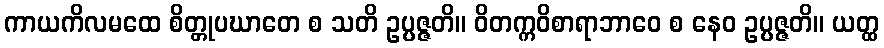
ကာယကိလမထေ စိတ္တုပဃာတေ စ သတိ ဥပ္ပဇ္ဇတိ။ ဝိတက္ကဝိစာရာဘာဝေ စ နေဝ ဥပ္ပဇ္ဇတိ။ ယတ္ထ